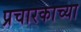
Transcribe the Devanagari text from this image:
प्रचारकाच्या